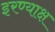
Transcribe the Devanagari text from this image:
इरण्याक्ष